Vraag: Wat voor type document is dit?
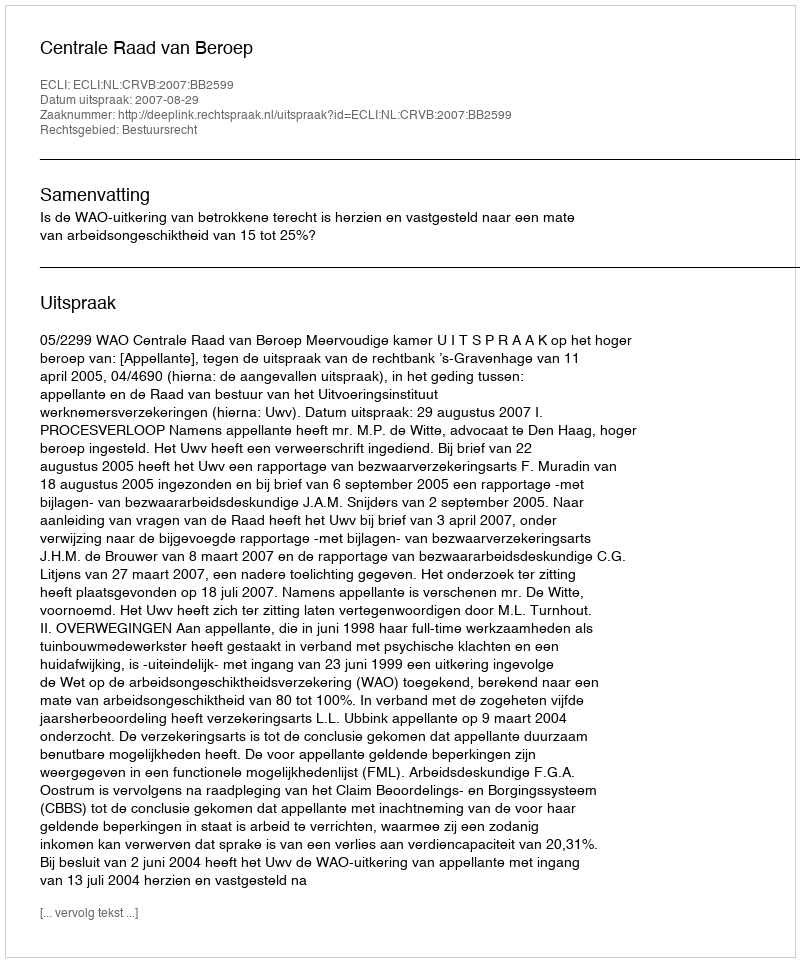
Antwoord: Uitspraak